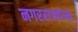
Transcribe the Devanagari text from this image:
नगरराज्यांच्या